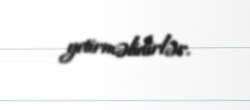
yetirməlidirlər.